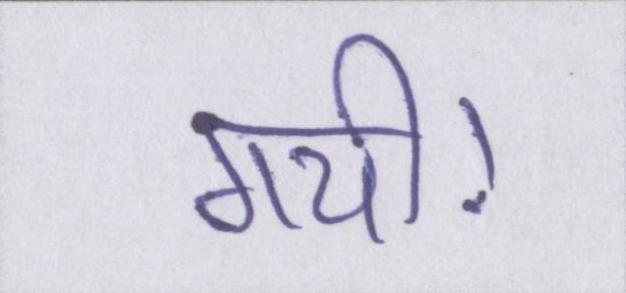
गयी।